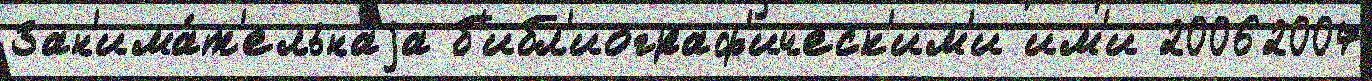
Зан'има́т'ельнаjа б'ибл'иограф'ическ'им'и им'и 20062007